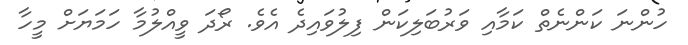
ހުންނަ ކަންނެތް ކަމާއި ވަރުބަލިކަން ފިލުވައިދެ އެވެ. ރޯދަ ވީއްލުމާ ހަމަޔަށް މީހާ